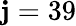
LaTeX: \mathbf{j}=39